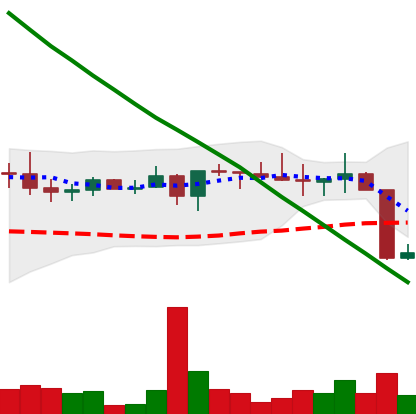
Ticker: XRP-USD
Chart end date: 2022-08-20
Forward return: 3.542%
Label: up_3_5